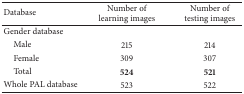
<table><thead><tr><td><b>Database</b></td><td><b>Number of learning images</b></td><td><b>Number of testing images</b></td></tr></thead><tbody><tr><td>Gender database</td><td> </td><td> </td></tr><tr><td> Male</td><td>215</td><td>214</td></tr><tr><td> Female</td><td>309</td><td>307</td></tr><tr><td> Total</td><td><b>524</b></td><td><b>521</b></td></tr><tr><td>Whole PAL database</td><td>523</td><td>522</td></tr></tbody></table>